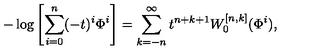
- \log \left[ \sum _ { i = 0 } ^ { n } ( - t ) ^ { i } \Phi ^ { i } \right] = \sum _ { k = - n } ^ { \infty } t ^ { n + k + 1 } W _ { 0 } ^ { [ n , k ] } ( \Phi ^ { i } ) ,